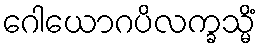
ဂေါယောဂပိလက္ခသ္မိံ